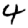
Digit: 4